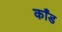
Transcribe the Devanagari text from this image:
काँड